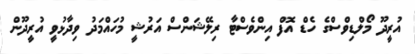
އުރީދޫ މޯލްޑިވްސްގެ ހެޑް އޮފް އިންވެސްޓާ ރިލޭޝަންސް އަރުޝީ މުހައްމަދު ވިދާޅުވީ އުރީދޫން